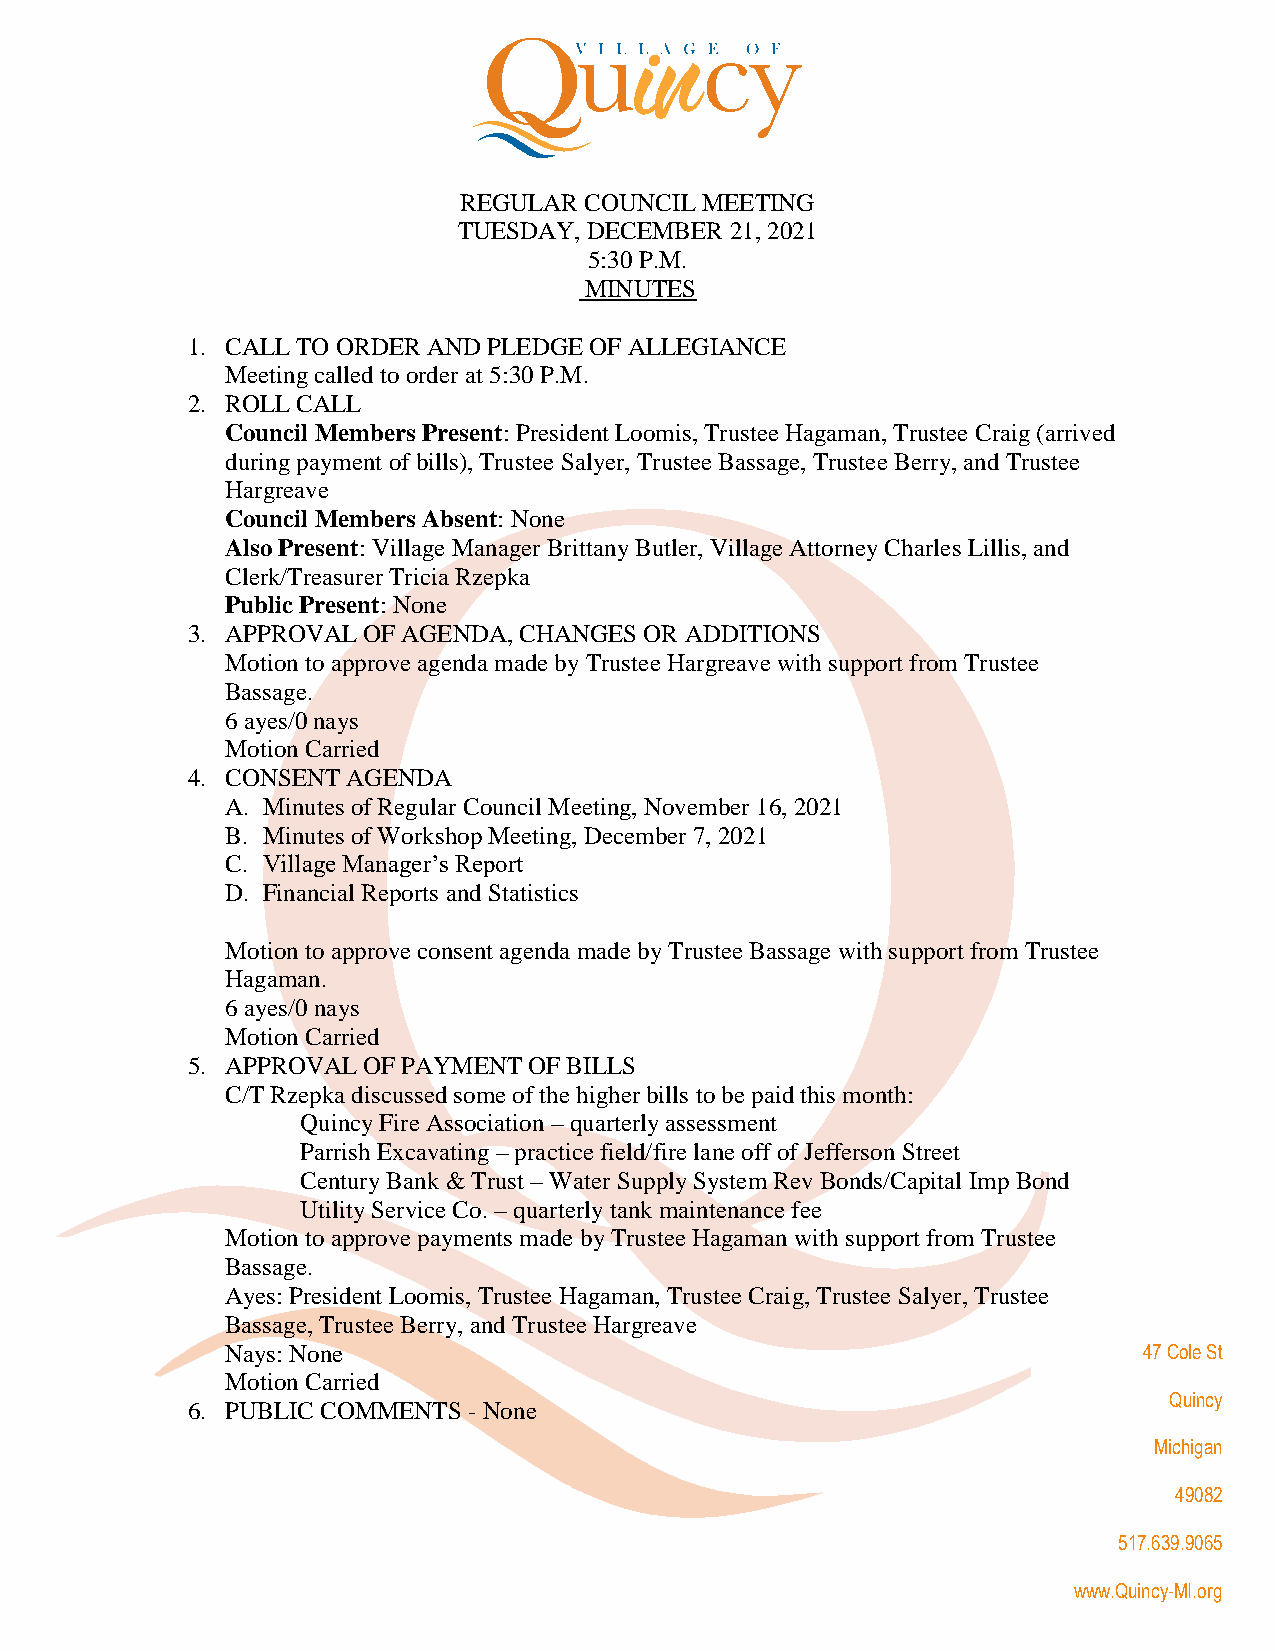
REGULAR  COUNCIL MEETING
 TUESDAY, DECEMBER 21, 2021
 5:30 P.M.
 MINUTES
 1. CALL TO ORDER AND PLEDGE OF ALLEGIANCE
 Meeting called to order at 5:30 P.M.
 2. ROLL CALL
 Council Members Present: President Loomis, Trustee Hagaman, Trustee Craig (arrived
 during payment of bills), Trustee Salyer, Trustee Bassage, Trustee Berry, and Trustee
 Hargreave
 Council Members Absent: None
 Also Present: Village Manager Brittany Butler, Village Attorney Charles Lillis, and
 Clerk/Treasurer Tricia Rzepka
 Public Present: None
 3. APPROVAL OF AGENDA, CHANGES OR ADDITIONS
 Motion to approve agenda made by Trustee Hargreave with support from Trustee
 Bassage.
 6 ayes/0 nays
 Motion Carried
 4. CONSENT AGENDA
 A. Minutes of Regular Council Meeting, November 16, 2021
 B. Minutes of Workshop Meeting, December 7, 2021
 C. Village Manager’s Report
 D. Financial Reports and Statistics
 Motion to approve consent agenda made by Trustee Bassage with support from Trustee
 Hagaman.
 6 ayes/0 nays
 Motion Carried
 5. APPROVAL OF PAYMENT OF BILLS
 C/T Rzepka discussed some of the higher bills to be paid this month:
 Quincy Fire Association – quarterly assessment
 Parrish Excavating – practice field/fire lane off of Jefferson Street
 Century Bank & Trust – Water Supply System Rev Bonds/Capital Imp Bond
 Utility Service Co. – quarterly tank maintenance fee
 Motion to approve payments made by Trustee Hagaman with support from Trustee
 Bassage.
 Ayes: President Loomis, Trustee Hagaman, Trustee Craig, Trustee Salyer, Trustee
 Bassage, Trustee Berry, and Trustee Hargreave
 Nays: None                                                   47 Cole St
 Motion Carried
 Quincy
 6. PUBLIC COMMENTS - None
 Michigan
 49082
 517.639.9065
 www.Quincy-MI.org